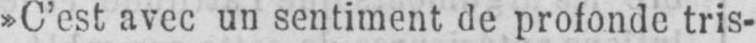
»C’est avec un sentiment de profonde tris-